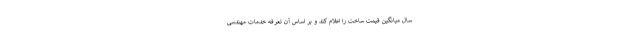
سال میانگین قیمت ساخت را اعلام کند و بر اساس آن تعرفه خدمات مهندسی